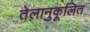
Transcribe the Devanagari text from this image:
तेलानुकूलित